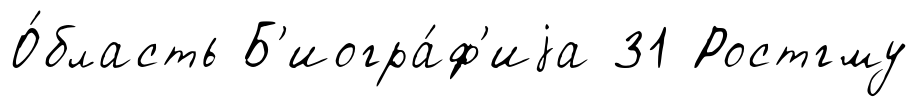
О́бласть Б'иогра́ф'иjа 31 Ростгму